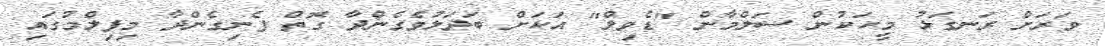
ވަރަށް ރަނގަޅު މީހަކުން ސަލްމާން "ޑެވިލް" އަކަށް ބަދަލުވެގެންދާ ގޮތް ފެނިގެންދާ މިފިލްމުގައި